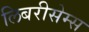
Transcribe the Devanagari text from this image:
लिबरीसेम्स